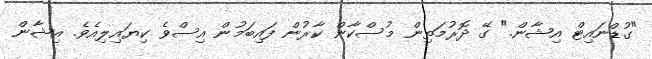
"ގުޑްނައިޓް އިޝާން." ގޭ ދޮރުމަތިން މުސްކާން ކާރުން ފައިބަމުން އިސްވެ ކިޔައިލިއެވެ. އިޝާން